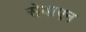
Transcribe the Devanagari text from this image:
सेवाएन